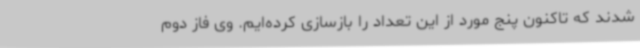
شدند که تاکنون پنج مورد از این تعداد را بازسازی کرده‌ایم. وی فاز دوم